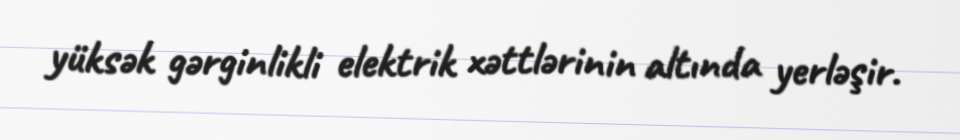
yüksək gərginlikli elektrik xəttlərinin altında yerləşir.